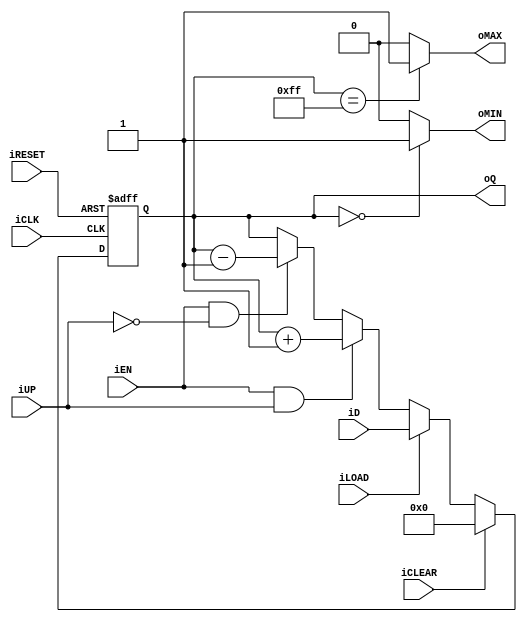
module univ_bin_counter
	#(
		parameter N = 8
	)
	(
		input wire iCLK, iRESET,
		input wire iCLEAR, iLOAD, iEN, iUP,
		input wire [N-1:0] iD,
		output wire oMAX, oMIN,
		output reg [N-1:0] oQ
	);

	// body
	// register and next-state logic
	always @(posedge iCLK, posedge iRESET)
		if (iRESET)
			oQ <= 0;
		else if (iCLEAR)
			oQ <= 0;
		else if (iLOAD)
			oQ <= iD;
		else if (iEN & iUP)
			oQ <= oQ + 1;
		else if (iEN & ~iUP)
			oQ <= oQ - 1;
		// no else branch since q <= q is implicitly implied
	
	// output logic
	assign oMAX = (oQ == 2**N - 1) ? 1'b1 : 1'b0;
	assign oMIN = (oQ == 0) ? 1'b1 : 1'b0;
endmodule